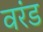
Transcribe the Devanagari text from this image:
वरंड